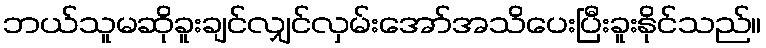
ဘယ်သူမဆိုခူးချင်လျှင်လှမ်းအော်အသိပေးပြီးခူးနိုင်သည်။